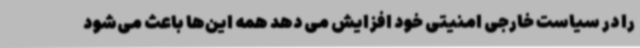
را در سیاست خارجی امنیتی خود افزایش می دهد همه این‌ها باعث می‌شود